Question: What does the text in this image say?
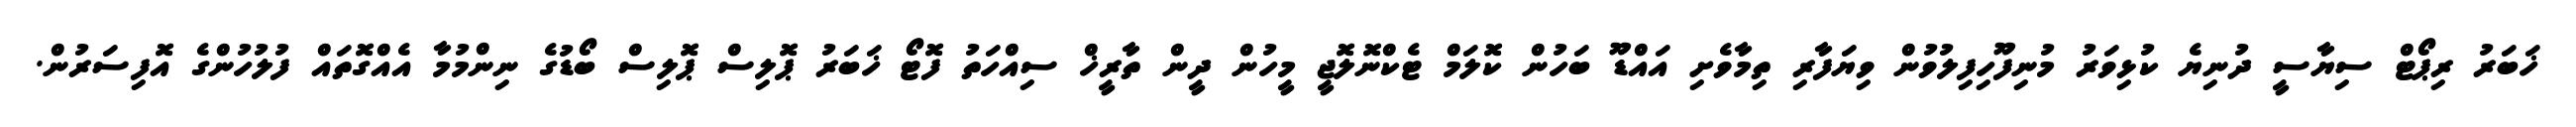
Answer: ޚަބަރު ރިޕޯޓް ސިޔާސީ ދުނިޔެ ކުޅިވަރު މުނިފޫހިފިލުވުން ވިޔަފާރި ތިމާވެށި އައްޑޫ ބަހުން ކޮލަމް ޓެކްނޮލޮޖީ މީހުން ދީން ތާރީޚް ސިއްހަތު ފޮޓޯ ޚަބަރު ޕޮލިސް ޕޮލިސް ބޯޑުގެ ނިންމުމާ އެއްގޮތައް ފުލުހުންގެ އޮފިސަރުން.